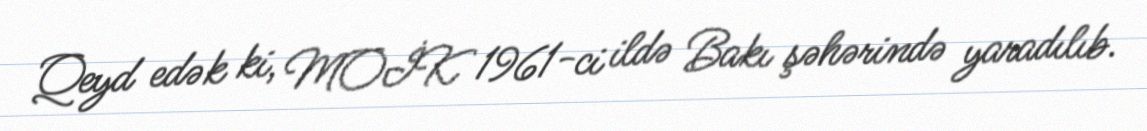
Qeyd edək ki, MOİK 1961-ci ildə Bakı şəhərində yaradılıb.